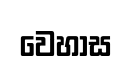
වෙහාස